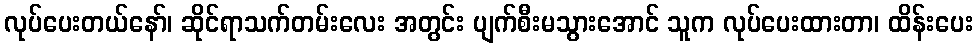
လုပ်ပေးတယ်နော်၊ ဆိုင်ရာသက်တမ်းလေး အတွင်း ပျက်စီးမသွားအောင် သူက လုပ်ပေးထားတာ၊ ထိန်းပေး